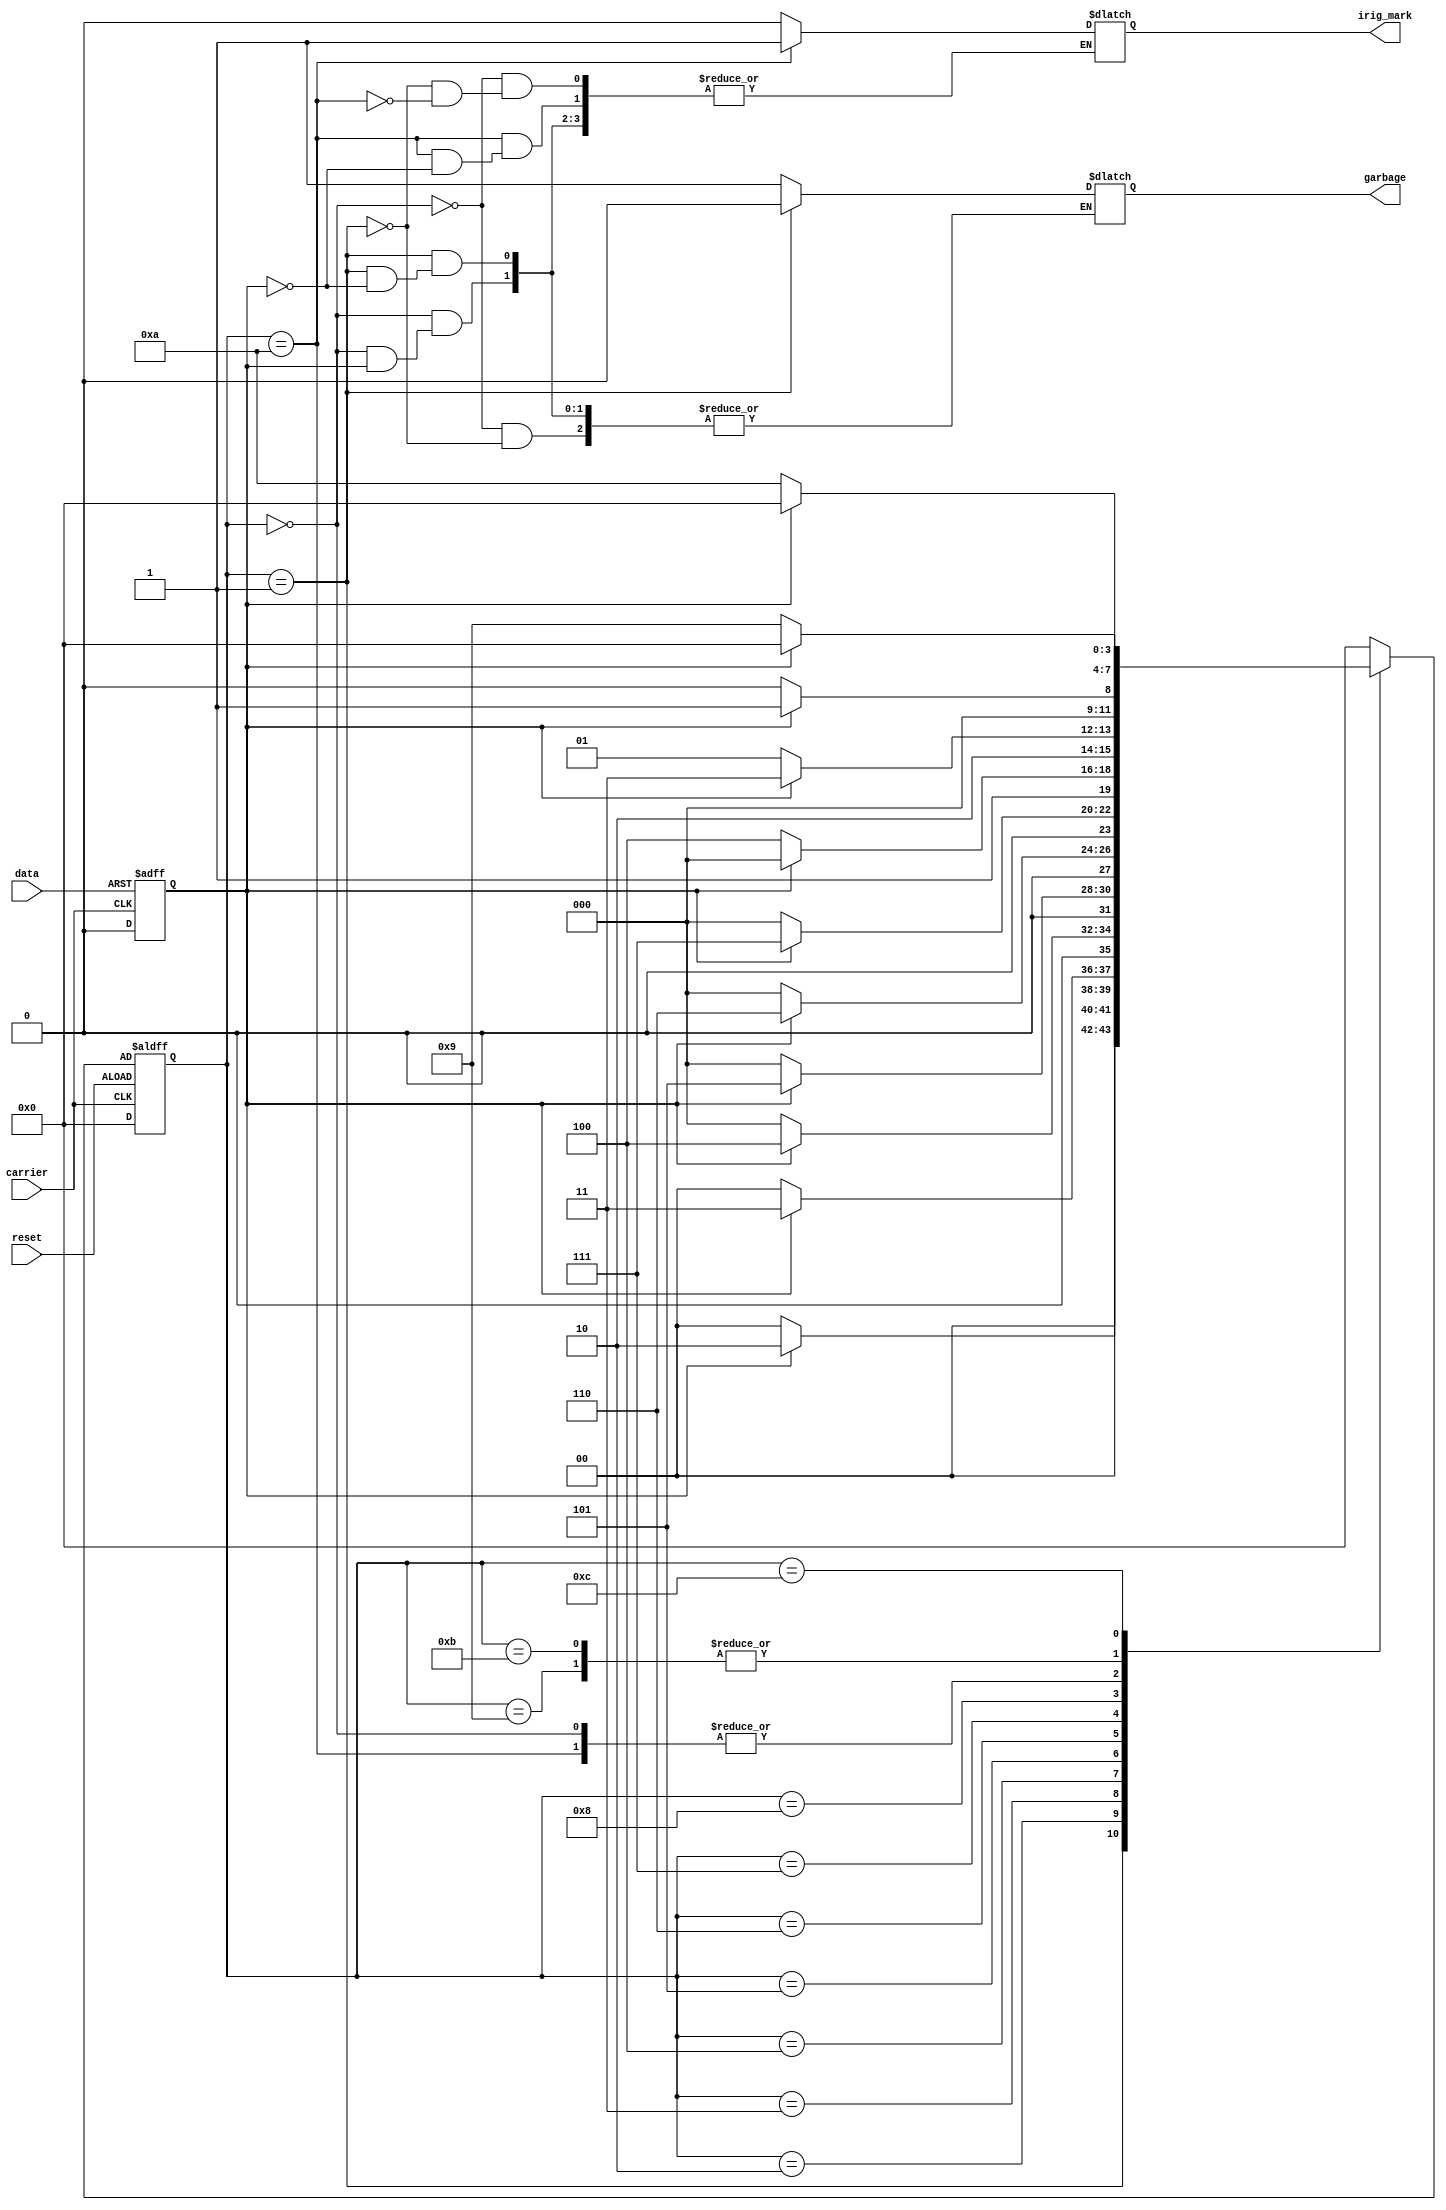
`timescale 1ns / 1ps
//////////////////////////////////////////////////////////////////////////////////
// Company: 
// Engineer: 
// 
// Design Name: 
// Module Name: seq_dector
// Project Name: 
// Target Devices: 
// Tool Versions: 
// Description: 
// 
// Dependencies: 
// 
// Revision:
// Revision 0.01 - File Created
// Additional Comments:
// 
//////////////////////////////////////////////////////////////////////////////////


module irig_mark_seq(
    input carrier,
    input data,
    input reset,
    output reg irig_mark,
    output reg garbage
    );
    
    localparam [3:0] S0 = 4'b0000,
                     S1 = 4'b0001,
                     S2 = 4'b0010,
                     S3 = 4'b0011,
                     S4 = 4'b0100,
                     S5 = 4'b0101,
                     S6 = 4'b0110,
                     S7 = 4'b0111,
                     S8 = 4'b1000,
                     S9 = 4'b1001,
                     S10 = 4'b1010,
                     S11 = 4'b1011,
                     S12 = 4'b1100,
                     S13 = 4'b1101;
                     
    reg [3:0] state_reg,state_next;
                     
    reg lc_bit;
    
    //SR latch S: data,R: carier
                     
    always@(posedge carrier or posedge data)
    begin
    if(data == 1'b1)
    begin
    lc_bit <=1;
    end
    else
    begin
    lc_bit <=0;
    end
    
    end // end of SR latch
    
    
    //seq circuit in state machine
    always@(negedge carrier,negedge reset)
    begin
    if(reset)
    begin
      state_reg <= S0;
    end
    else
    begin
      state_reg <= state_next;
    end
      
    end
    
    //combinational circuit in state machine
    always@(*)
    begin
        
         case(state_reg)
         
            S0: if(lc_bit==0)
                begin
                  state_next = S0;  
                  irig_mark = 1'b0;
                  garbage = 1'b1;
                end
                else
                begin
                  state_next = S1;
                end
            S1: if(lc_bit==1)
                begin
                  state_next = S2;
                  irig_mark = 1'b0;
                  garbage = 1'b0;
                end
                else
                begin
                  state_next = S0;
                end
            S2: if(lc_bit==1'b1)
                begin
                  state_next = S3;
                end
                else
                begin
                  state_next = S0;
                end
             S3: if(lc_bit == 1'b1)
                 begin
                  state_next = S4;
                 end
                 else
                 begin
                  state_next = S0;
                 end
             S4: if(lc_bit == 1'b1)
                 begin
                   state_next = S5;
                 end
                 else
                 begin
                   state_next = S0;
                 end
             S5: if(lc_bit == 1'b1)
                 begin
                   state_next = S6;
                 end
                 else
                 begin
                   state_next = S0;
                 end
             S6: if(lc_bit == 1'b1)
                 begin
                    state_next = S7;
                 end
                 else
                 begin
                    state_next = S0;
                 end
             S7: if(lc_bit == 1'b1)
                 begin
                    state_next = S8;
                 end
                 else
                 begin
                    state_next = S12;
                 end
              S8: if(lc_bit == 1'b0)
                  begin
                    state_next = S9;
                  end  
                  else
                  begin
                    state_next = S11;
                  end
               S9: if(lc_bit == 1'b0)
                   begin
                     state_next = S10;
                   end
                   else
                   begin
                     state_next = S0;
                   end
              S10:if(lc_bit==1'b1)
                  begin
                   state_next = S1;
                   irig_mark = 1'b1;
                  end
                  else
                  begin
                    state_next = S0;
                  end
              S11: if(lc_bit == 1'b0)
                   begin
                    state_next = S10;
                   end
                   else
                   begin
                    state_next = S0;
                   end
              S12: if(lc_bit == 1'b0)
                   begin
                    state_next = S9;
                   end
                   else
                   begin
                    state_next = S0;
                   end
                   
                   
              default state_next = S0;
             
              
                
             
                
         endcase
       
       
       
       
       
    end
    
    
    
                     
endmodule